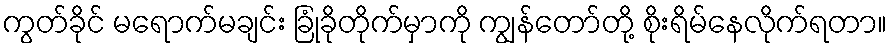
ကွတ်ခိုင် မရောက်မချင်း ခြုံခိုတိုက်မှာကို ကျွန်တော်တို့ စိုးရိမ်နေလိုက်ရတာ။